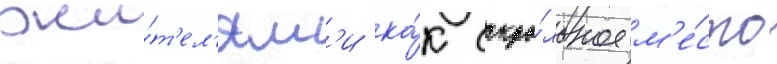
жи́т'ел'ям'и ка́к сакра́льное м'е́сто